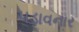
પડાવનાર